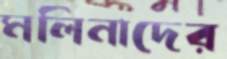
মলিনাদের